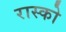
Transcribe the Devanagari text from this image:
रास्को